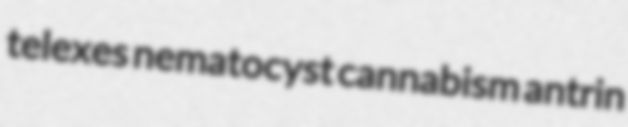
telexes nematocyst cannabism antrin